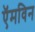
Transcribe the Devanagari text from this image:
ऍमविन